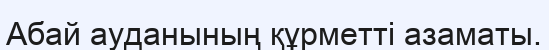
Абай ауданының құрметті азаматы.